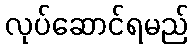
လုပ်ဆောင်ရမည်